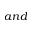
a n d